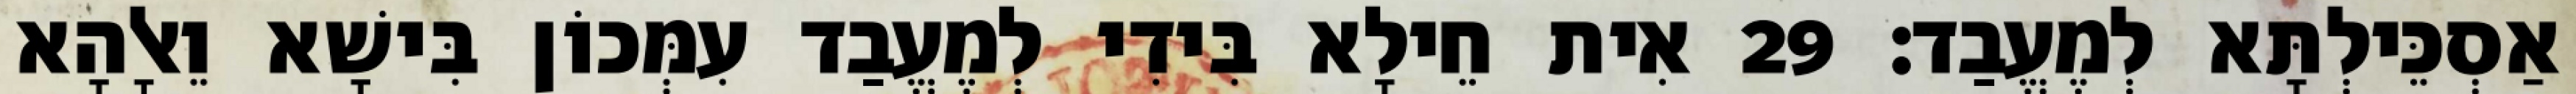
אַסְכֵּילְתָּא לְמֶעֱבַד׃ 29 אִית חֵילָא בִּידִי לְמֶעֱבַד עִמְּכוֹן בִּישָׁא וֵאלָהָא